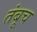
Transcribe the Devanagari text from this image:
तंबूच